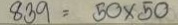
839 = 50 x 50